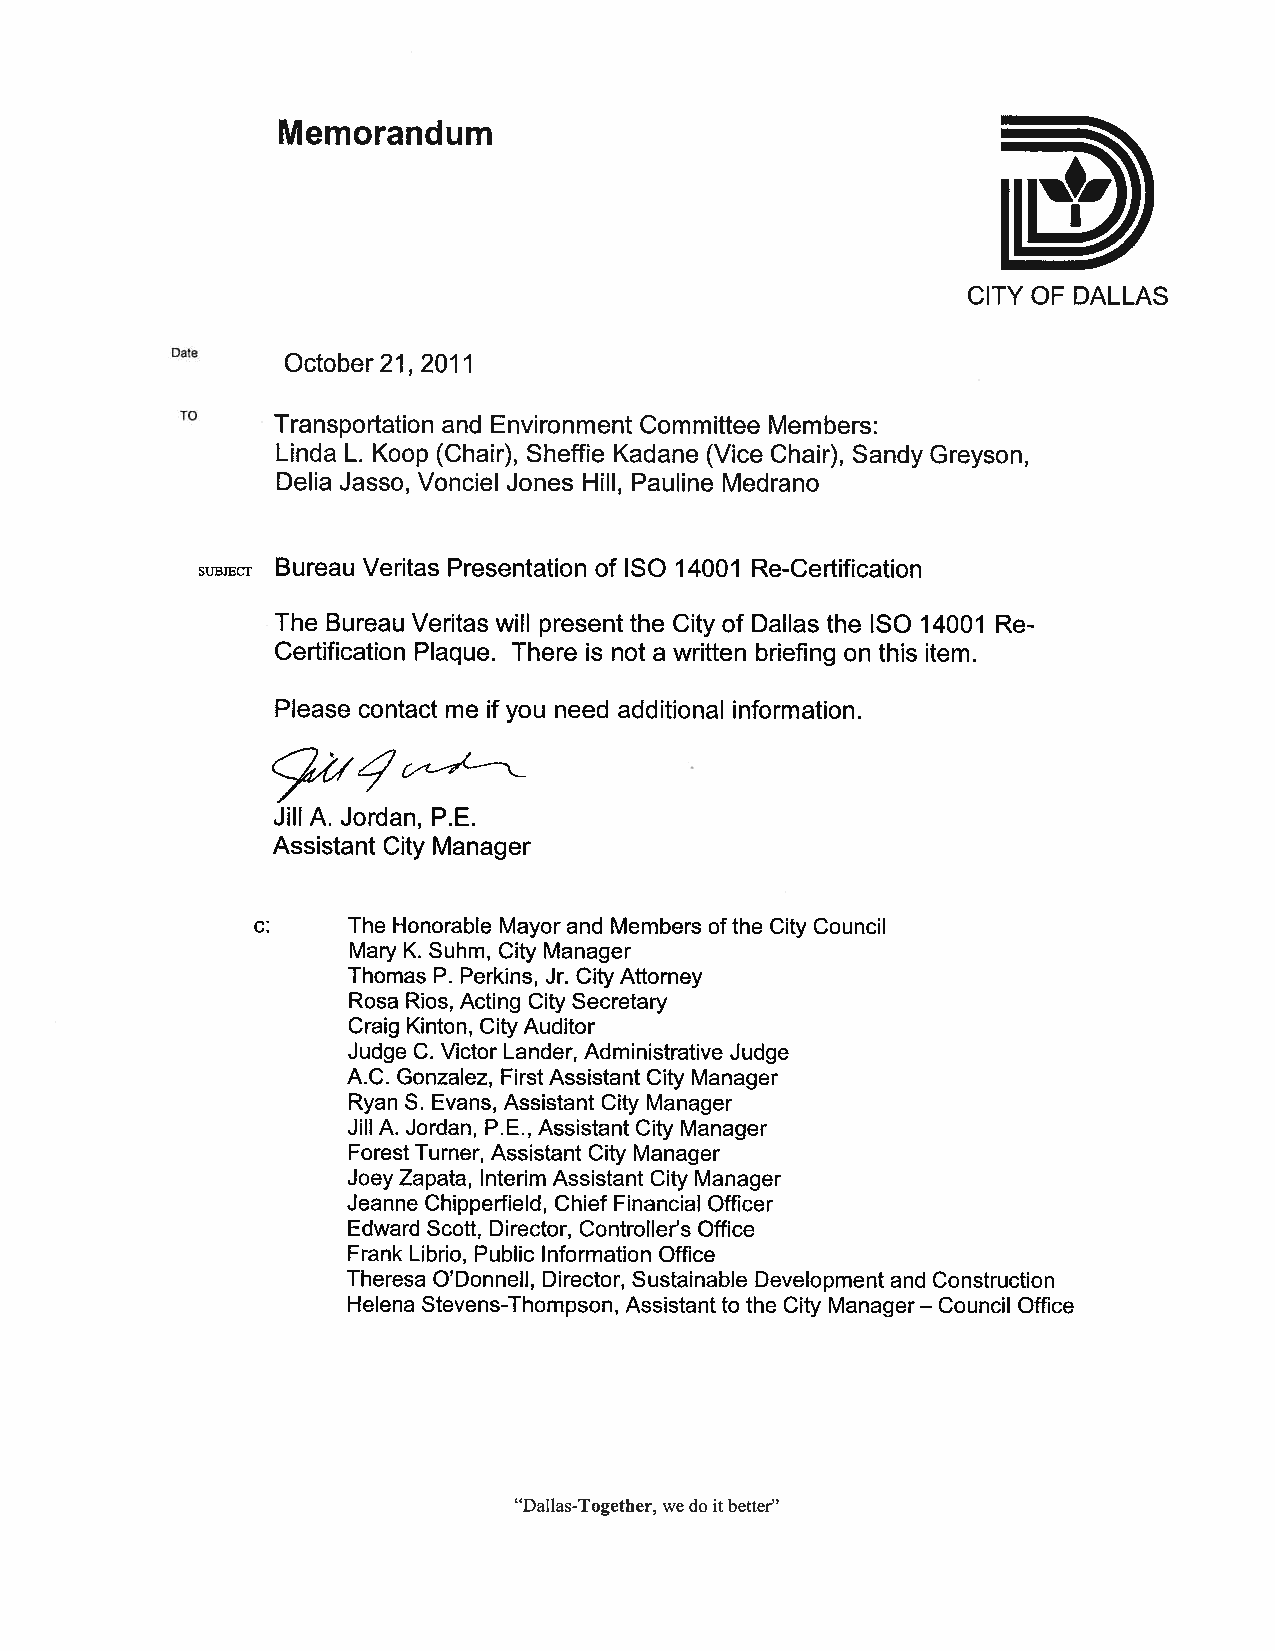
Memorandum
 CITY OF DALLAS
 October 21, 2011
 Transportation and Environment Committee Members:
 Linda L. Koop (Chair), Sheffie Kadane (Vice Chair), Sandy Greyson,
 Delia Jasso, Vonciel Jones Hill, Pauline Medrano
 ~    Bureau Veritas Presentation of ISO 14001 Re-Certification
 The Bureau Veritas will present the City of Dallas the ISO 14001 Re
 Certification Plaque. There is not a written briefing on this item.
 Please contact me if you need additional information.
 Jill A. Jordan, P.E.
 Assistant City Manager
 c:    The Honorable Mayor and Members ofthe City Council
 Mary K. Suhm, City Manager
 Thomas P. Perkins, Jr. City Attorney
 Rosa Rios, Acting City Secretary
 Craig Kinton, City Auditor
 Judge C. Victor Lander, Administrative Judge
 A.C. Gonzalez, FirstAssistant City Manager
 Ryan S. Evans, Assistant City Manager
 Jill A. Jordan, P.E., Assistant City Manager
 Forest Turner, Assistant City Manager
 Joey Zapata, Interim Assistant City Manager
 Jeanne Chipperfield, Chief Financial Officer
 Edward Scott, Director, Controller’s Office
 Frank Librio, Public Information Office
 Theresa O’Donnell, Director, Sustainable Development and Construction
 Helena Stevens-Thompson, Assistant to the City Manager Council Office
 —
 “Dallas-Together, wedo itbetter”